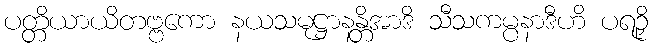
ပတ္တိယာယိတဗ္ဗကော နယသမုဋ္ဌာနန္တိအာဒိ သီသကမ္ပနာဒီဟိ ပရဉှိ